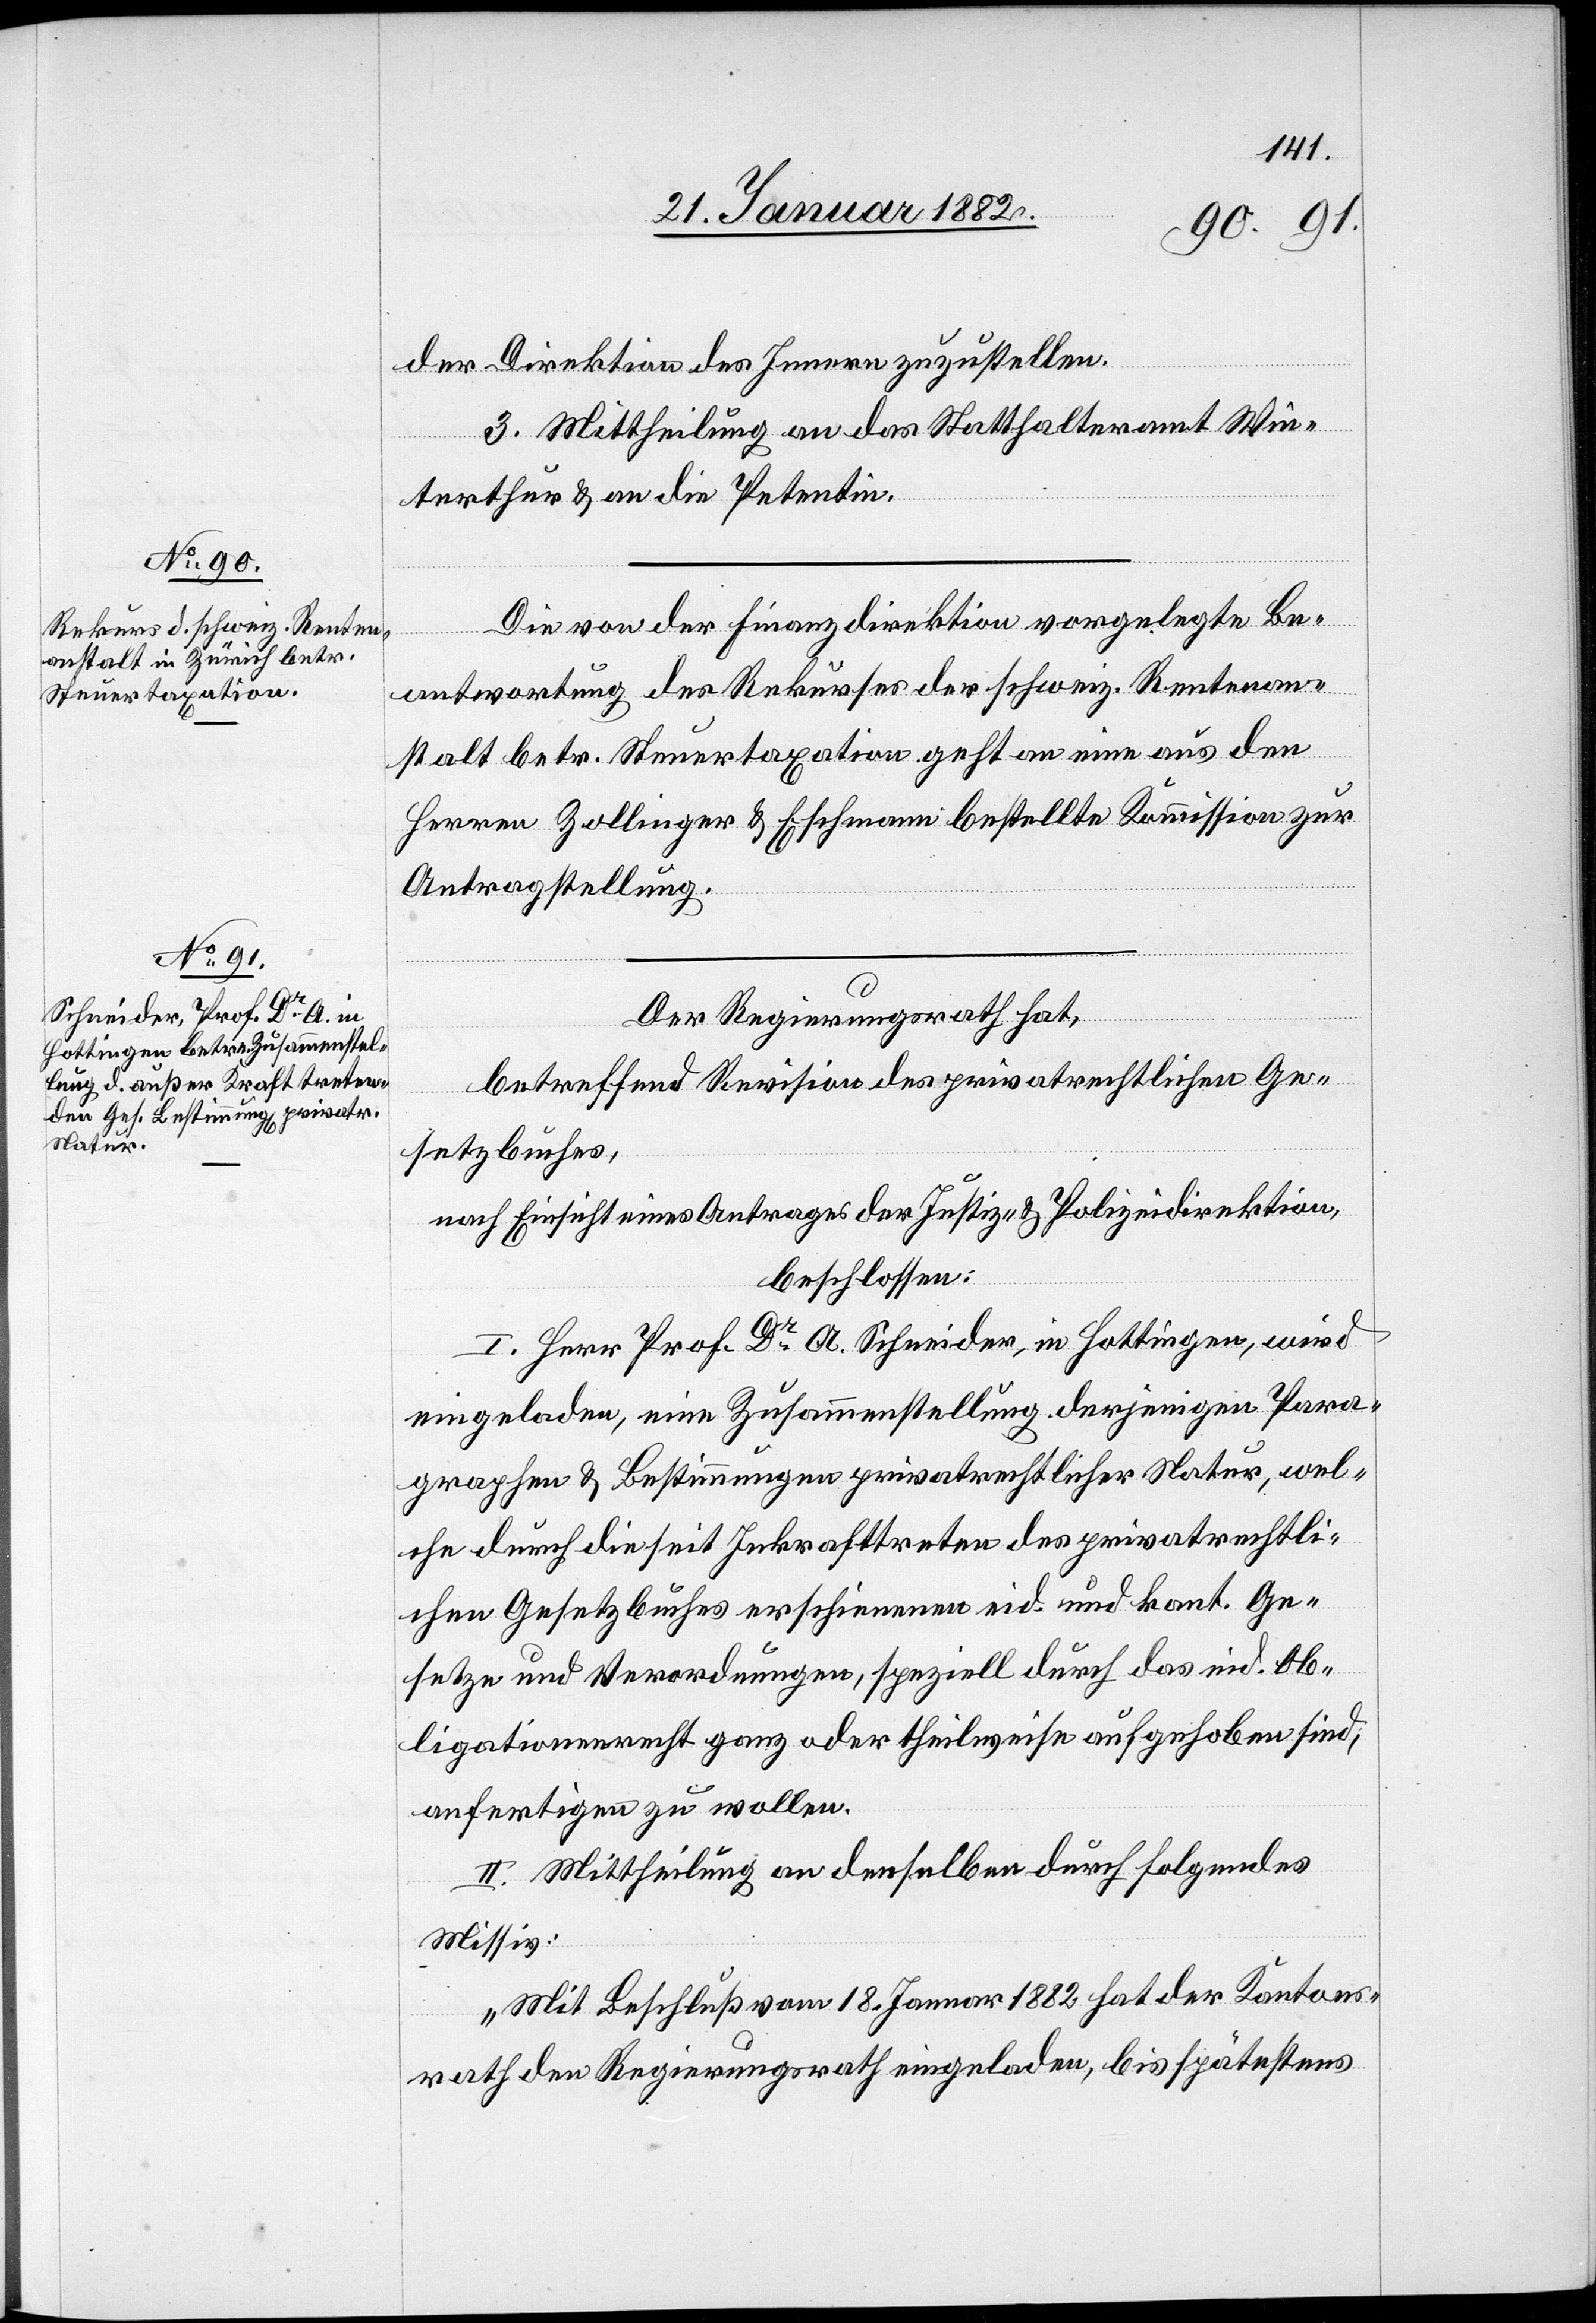
der Direktion des Innern zuzustellen.
3. Mittheilung an das Statthalteramt Win¬
terthur & an die Petentin.
Die von der Finanzdirektion vorgelegte Be¬
antwortung des Rekurses der schweiz. Rentenan¬
stalt betr. Steuertaxation geht an eine aus den
Herren Zollinger & Eschmann bestehende Kommission zur
Antragstellung.
Der Regierungsrath hat,
betreffend Revision des privatrechtlichen Ge¬
setzbuches,
nach Einsicht eines Antrages der Justiz- & Polizeidirektion,
beschlossen:
I. Herr Prof. Dr A. Schneider, in Hottingen, wird
eingeladen, eine Zusammenstellung derjenigen Para¬
graphen & Bestimmungen privatrechtlicher Natur, wel¬
che durch die seit Inkrafttreten des privatrechtli¬
chen Gesetzbuches erschienenen eid. und kant. Ge¬
setze und Verordnungen, speziell durch das eid. Ob¬
ligationenrecht ganz oder theilweise aufgehoben sind;
anfertigen zu wollen.
II. Mittheilung an denselben durch folgendes
Missiv:
„Mit Beschluß vom 18. Januar 1881 hat der Kantons¬
rath den Regierungsrath eingeladen, bis spätestens